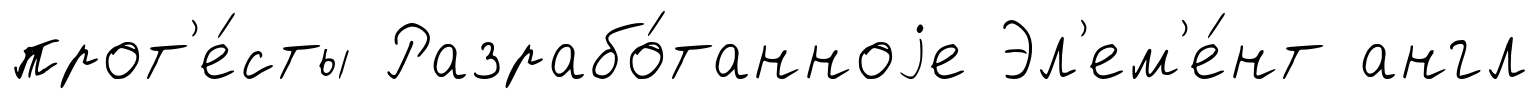
прот'е́сты Разрабо́танноjе Эл'ем'е́нт англ